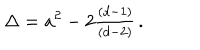
\Delta = a ^ { 2 } - 2 { \textstyle \frac { ( d - 1 ) } { ( d - 2 ) } } \, .